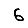
Digit: 6